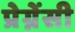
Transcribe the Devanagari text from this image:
प्रेग्नेंसी